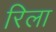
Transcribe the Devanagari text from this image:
रिला